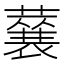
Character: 𮑽